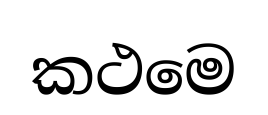
කථමෙ